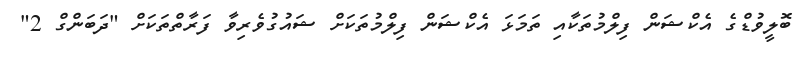
ބޮލީވުޑްގެ އެކްޝަން ފިލްމުތަކާއި ތަމަޅަ އެކްޝަން ފިލްމުތަކަށް ޝައުގުވެރިވާ ފަރާތްތަކަށް "ދަބަންގް 2"